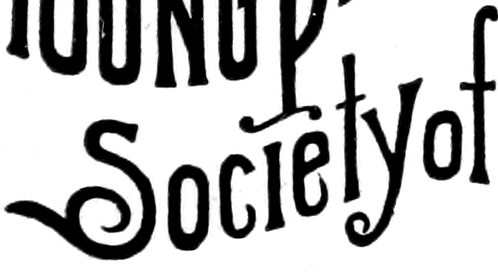
Societyof